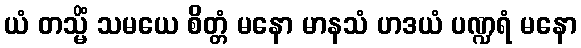
ယံ တသ္မိံ သမယေ စိတ္တံ မနော မာနသံ ဟဒယံ ပဏ္ဍရံ မနော